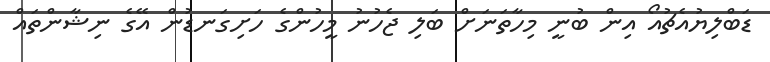
ޑަބްލިޔުއެޗުއޯ އިން ބުނީ މިހާތަނަށް ބަލި ޖެހުނު މީހުންގެ ހަށިގަނޑުން އޭގެ ނިޝާންތައް